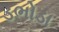
ડભોડા